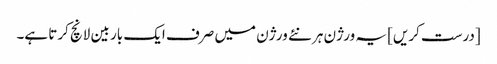
[درست کریں] یہ ورژن ہر نئے ورژن میں صرف ایک بار بین لانچ کرتا ہے۔